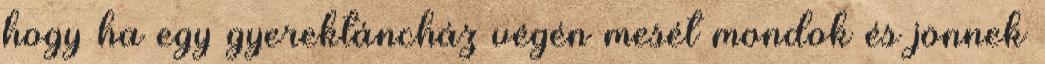
hogy ha egy gyerektáncház végén mesét mondok és jönnek